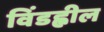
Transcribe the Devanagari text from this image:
विंडह्वील